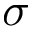
\sigma